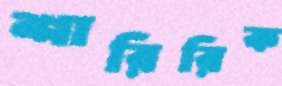
শারিরিক